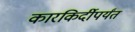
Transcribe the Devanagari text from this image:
कारकिर्दीपर्यंत